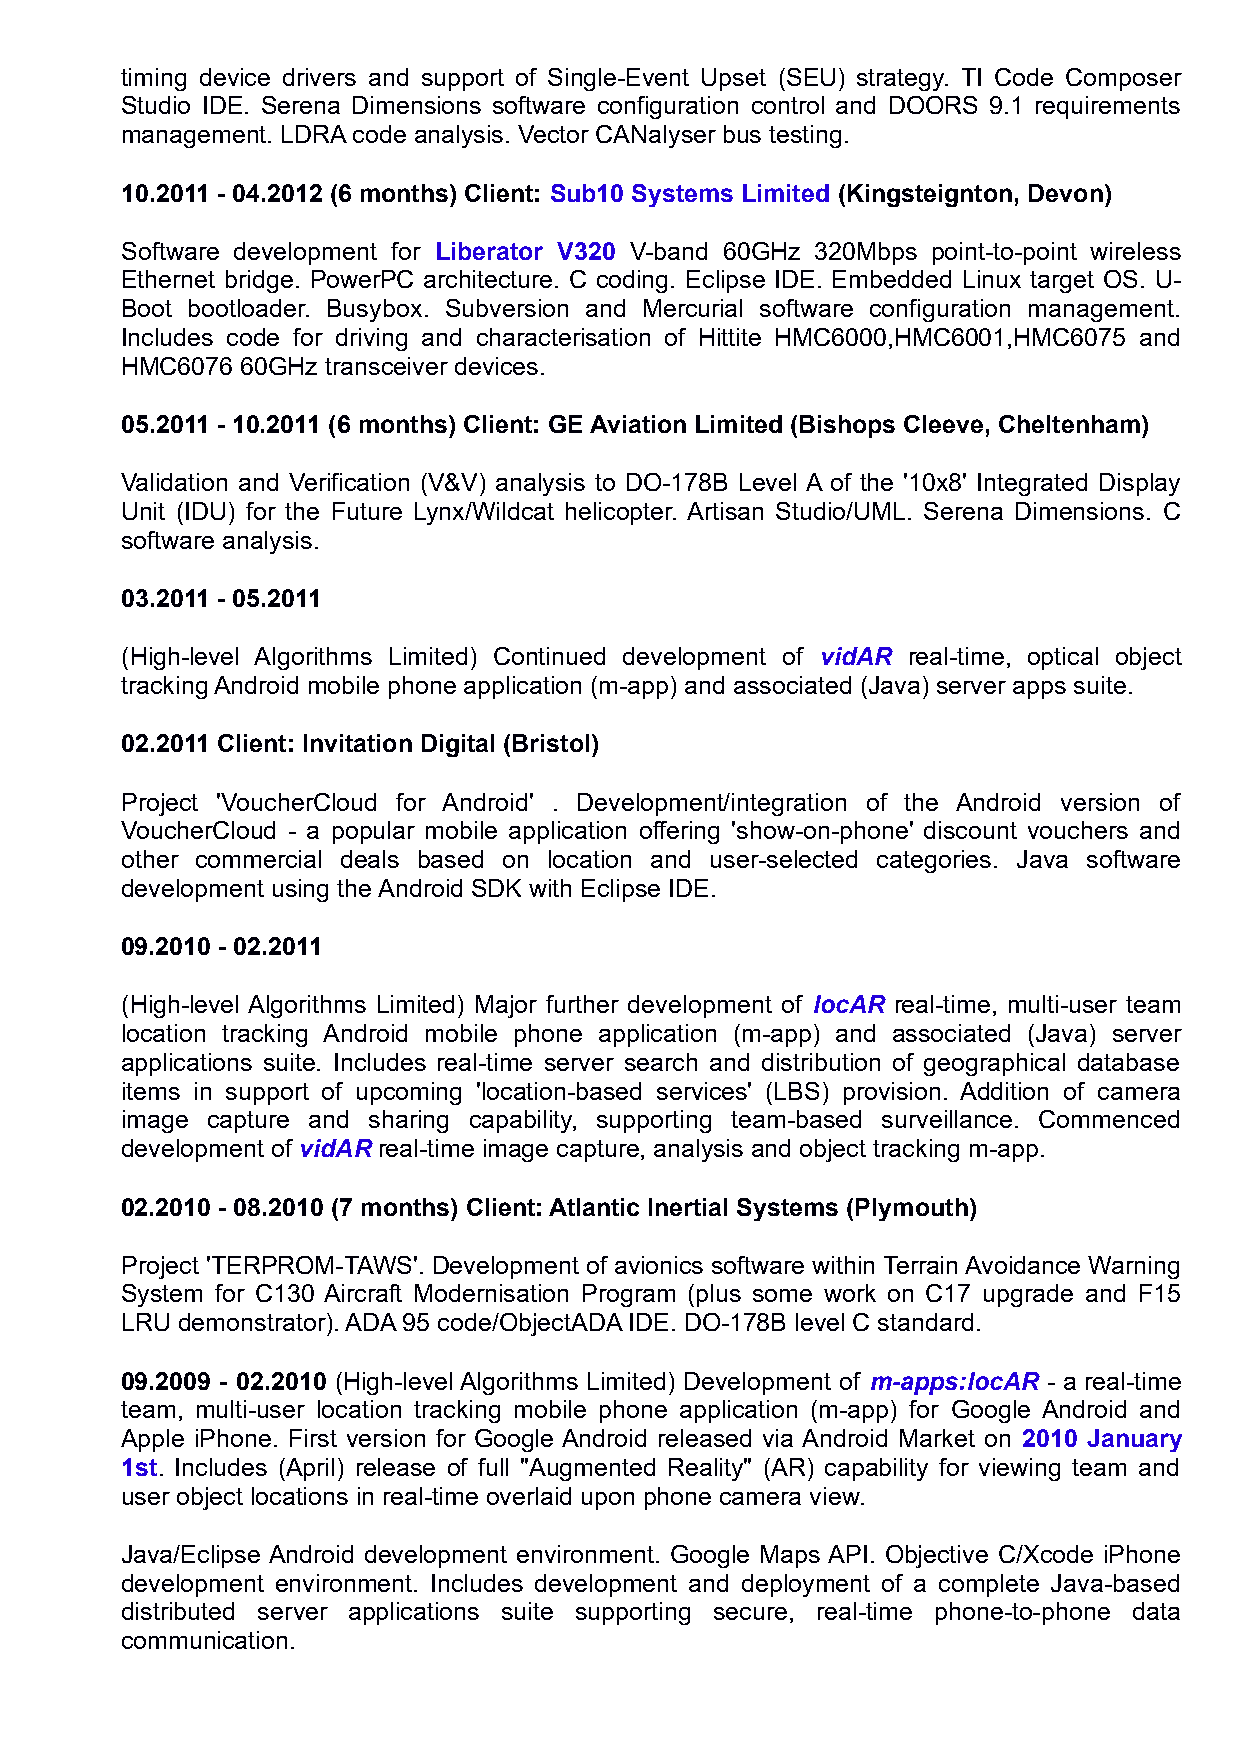
timing device drivers and support of Single-Event Upset (SEU) strategy. TI Code Composer
 Studio IDE. Serena Dimensions software configuration control and DOORS 9.1 requirements
 management. LDRA code analysis. Vector CANalyser bus testing.
 10.2011 - 04.2012 (6 months) Client: Sub10 Systems Limited (Kingsteignton, Devon)
 Software development for Liberator V320 V-band 60GHz 320Mbps point-to-point wireless
 Ethernet bridge. PowerPC architecture. C coding. Eclipse IDE. Embedded Linux target OS. U-
 Boot bootloader. Busybox. Subversion and Mercurial software configuration management.
 Includes code for driving and characterisation of Hittite HMC6000,HMC6001,HMC6075 and
 HMC6076 60GHz transceiver devices.
 05.2011 - 10.2011 (6 months) Client: GE Aviation Limited (Bishops Cleeve, Cheltenham)
 Validation and Verification (V&V) analysis to DO-178B Level A of the '10x8' Integrated Display
 Unit (IDU) for the Future Lynx/Wildcat helicopter. Artisan Studio/UML. Serena Dimensions. C
 software analysis.
 03.2011 - 05.2011
 (High-level Algorithms Limited) Continued development of vidAR real-time, optical object
 tracking Android mobile phone application (m-app) and associated (Java) server apps suite.
 02.2011 Client: Invitation Digital (Bristol)
 Project 'VoucherCloud for Android' . Development/integration of the Android version of
 VoucherCloud - a popular mobile application offering 'show-on-phone' discount vouchers and
 other commercial deals based on location and user-selected categories. Java software
 development using the Android SDK with Eclipse IDE.
 09.2010 - 02.2011
 (High-level Algorithms Limited) Major further development of locAR real-time, multi-user team
 location tracking Android mobile phone application (m-app) and associated (Java) server
 applications suite. Includes real-time server search and distribution of geographical database
 items in support of upcoming 'location-based services' (LBS) provision. Addition of camera
 image capture and sharing capability, supporting team-based surveillance. Commenced
 development of vidAR real-time image capture, analysis and object tracking m-app.
 02.2010 - 08.2010 (7 months) Client: Atlantic Inertial Systems (Plymouth)
 Project 'TERPROM-TAWS'. Development of avionics software within Terrain Avoidance Warning
 System for C130 Aircraft Modernisation Program (plus some work on C17 upgrade and F15
 LRU demonstrator). ADA 95 code/ObjectADA IDE. DO-178B level C standard.
 09.2009 - 02.2010 (High-level Algorithms Limited) Development of m-apps:locAR - a real-time
 team, multi-user location tracking mobile phone application (m-app) for Google Android and
 Apple iPhone. First version for Google Android released via Android Market on 2010 January
 1st. Includes (April) release of full "Augmented Reality" (AR) capability for viewing team and
 user object locations in real-time overlaid upon phone camera view.
 Java/Eclipse Android development environment. Google Maps API. Objective C/Xcode iPhone
 development environment. Includes development and deployment of a complete Java-based
 distributed server applications suite supporting secure, real-time phone-to-phone data
 communication.